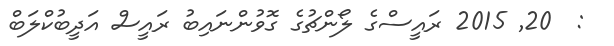
:  20